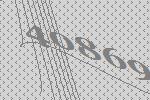
40869